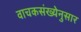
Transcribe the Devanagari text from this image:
वाचकसंख्येनुसार